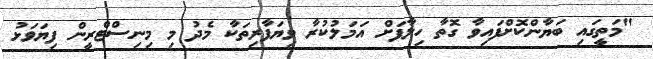
"މަތީގައި ބަޔާންކޮށްފައިވާ ގޮތާ ހިލާފަށް އަމަލުކުރާ ވިޔަފާރިތަކާ މެދު މި މިނިސްޓްރީން ފިޔަވަޅު